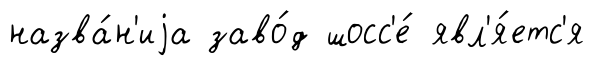
назва́н'иjа заво́д шосс'е́ явл'я́етс'я